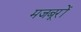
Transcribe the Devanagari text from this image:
मजबूरों